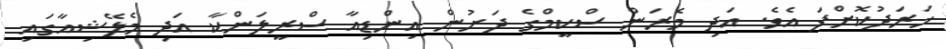
ހަރަދުކޮށްފަ އެވެ. އަދި މެރަން ސްކީމްގެ ދަށުން އިންޑިއާ ސްރީލަންކާ އަދި މެލޭޝިއާގައި